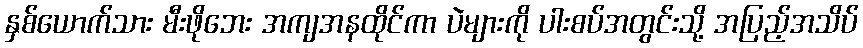
နှစ်ယောက်သား မီးဖိုဘေး အကျအနထိုင်ကာ ပဲများကို ပါးစပ်အတွင်းသို့ အပြည့်အသိပ်